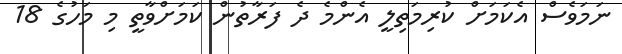
ނަމަވެސް އެކަމަށް ކުރިމަތިލީ އެންމެ ދެ ފަރާތުން ކަމަށްވާތީ މި މަހުގެ 18